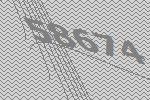
58674